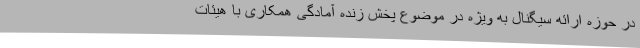
در حوزه ارائه سیگنال به ویژه در موضوع پخش زنده آمادگی همکاری با هیئات